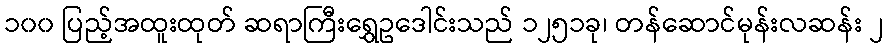
၁၀၀ ပြည့်အထူးထုတ် ဆရာကြီးရွှေဥဒေါင်းသည် ၁၂၅၁ခု၊ တန်ဆောင်မုန်းလဆန်း ၂